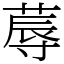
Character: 蓐